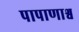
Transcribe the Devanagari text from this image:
पापाणाश्व